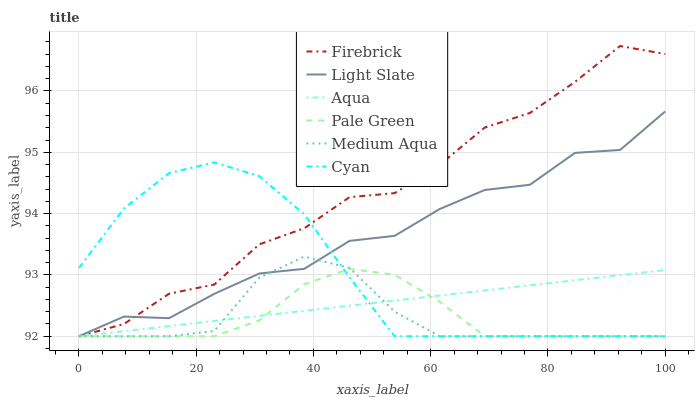
| xaxis_label | Firebrick | Light Slate | Aqua | Pale Green | Medium Aqua | Cyan |
 | --- | --- | --- | --- | --- | --- | --- |
 | 0 | 92 | 92 | 92 | 92 | 92 | 93.1 |
 | 7.69 | 92.2 | 92.3 | 92.1 | 92 | 92 | 94.1 |
 | 15.4 | 92.7 | 92.3 | 92.2 | 92 | 92 | 94.7 |
 | 23.1 | 92.8 | 92.7 | 92.2 | 92 | 92.1 | 94.8 |
 | 30.8 | 93.5 | 93 | 92.3 | 92.3 | 93 | 94.6 |
 | 38.5 | 93.8 | 93.1 | 92.4 | 92.8 | 93.3 | 94 |
 | 46.2 | 94.3 | 93.6 | 92.5 | 93.1 | 93.1 | 93 |
 | 53.8 | 94.3 | 93.6 | 92.6 | 93 | 92.4 | 92 |
 | 61.5 | 94.8 | 94.1 | 92.7 | 92.6 | 92 | 92 |
 | 69.2 | 95.4 | 94.4 | 92.7 | 92 | 92 | 92 |
 | 76.9 | 95.6 | 94.5 | 92.8 | 92 | 92 | 92 |
 | 84.6 | 96.1 | 95 | 92.9 | 92 | 92 | 92 |
 | 92.3 | 96.7 | 95 | 93 | 92 | 92 | 92 |
 | 100 | 96.6 | 95.7 | 93.1 | 92 | 92 | 92 |